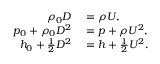
\begin{array} { r l } { \rho _ { 0 } D } & { { } = \rho U , } \\ { p _ { 0 } + \rho _ { 0 } D ^ { 2 } } & { { } = p + \rho U ^ { 2 } , } \\ { h _ { 0 } + \frac { 1 } { 2 } D ^ { 2 } } & { { } = h + \frac { 1 } { 2 } U ^ { 2 } . } \end{array}